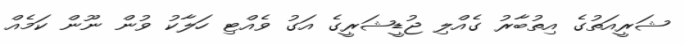
ޝަރީއަތުގެ އިތުބާރު ގެއްލި ޖުޑީޝަރީގެ އަގު ވެއްޓި ހަލާކު ވުން ނޫން ކަމެއް